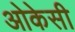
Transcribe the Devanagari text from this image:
ओकेसी